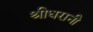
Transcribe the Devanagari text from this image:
श्रीधरानी